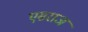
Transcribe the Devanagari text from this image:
एसराज